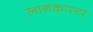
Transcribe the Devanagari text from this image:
लानकास्टर